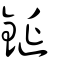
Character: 鋋